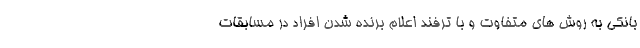
بانکی به روش های متفاوت و با ترفند اعلام برنده شدن افراد در مسابقات